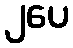
၂ပေ